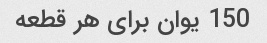
150 یوان برای هر قطعه